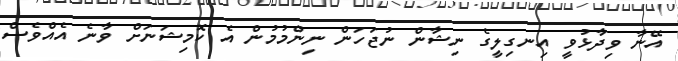
އޭނާ ވިދާޅުވީ އިނގިލީގެ ނިޝާން ނުޖަހަން ނިންމުމުން އެ ކޮމިޝަނަށް ވާނެ އެއްވެސް